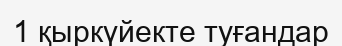
1 қыркүйекте туғандар